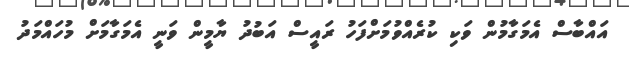
އައްބާސް އެމަގާމުން ވަކި ކުރެއްވުމަށްފަހު ރައީސް އަބުދު ޔާމީން ވަނީ އެމަގާމަށް މުހައްމަދު